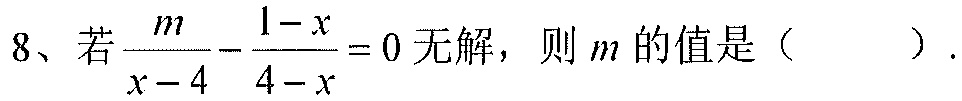
8、若\(\frac{m}{x - 4}-\frac{1 - x}{4 - x}=0\)无解，则\(m\)的值是（  ）.